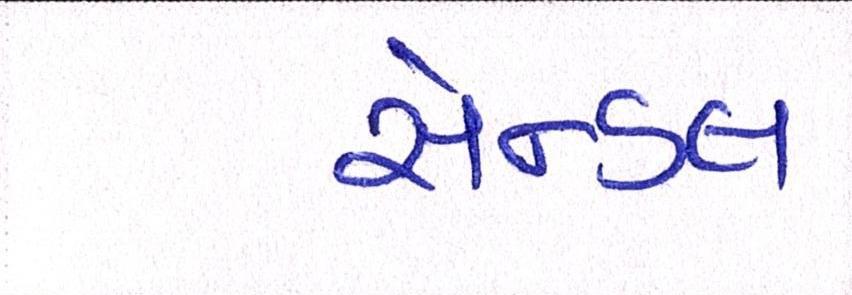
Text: સેન્ડલ